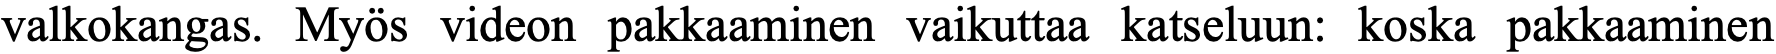
valkokangas. Myös videon pakkaaminen vaikuttaa katseluun: koska pakkaaminen